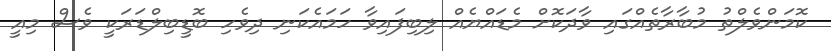
ކޮމަންވެލްތު މުބާރާތެއްގައި ވާދަކޮށް މެޑައްޔެއް ލިބިފައިވާ ހަމައެކަނި ދިވެހި ބޮޑީބިލްޑަރަކީ ވެސް މިއީ